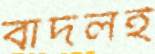
বাদলই